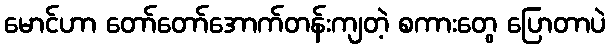
မောင်ဟာ တော်တော်အောက်တန်းကျတဲ့ စကားတွေ ပြောတာပဲ